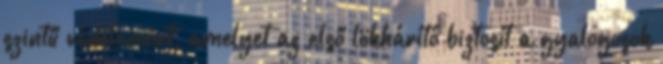
szintű védelemért, amelyet az első lökhárító biztosít a gyalogosok